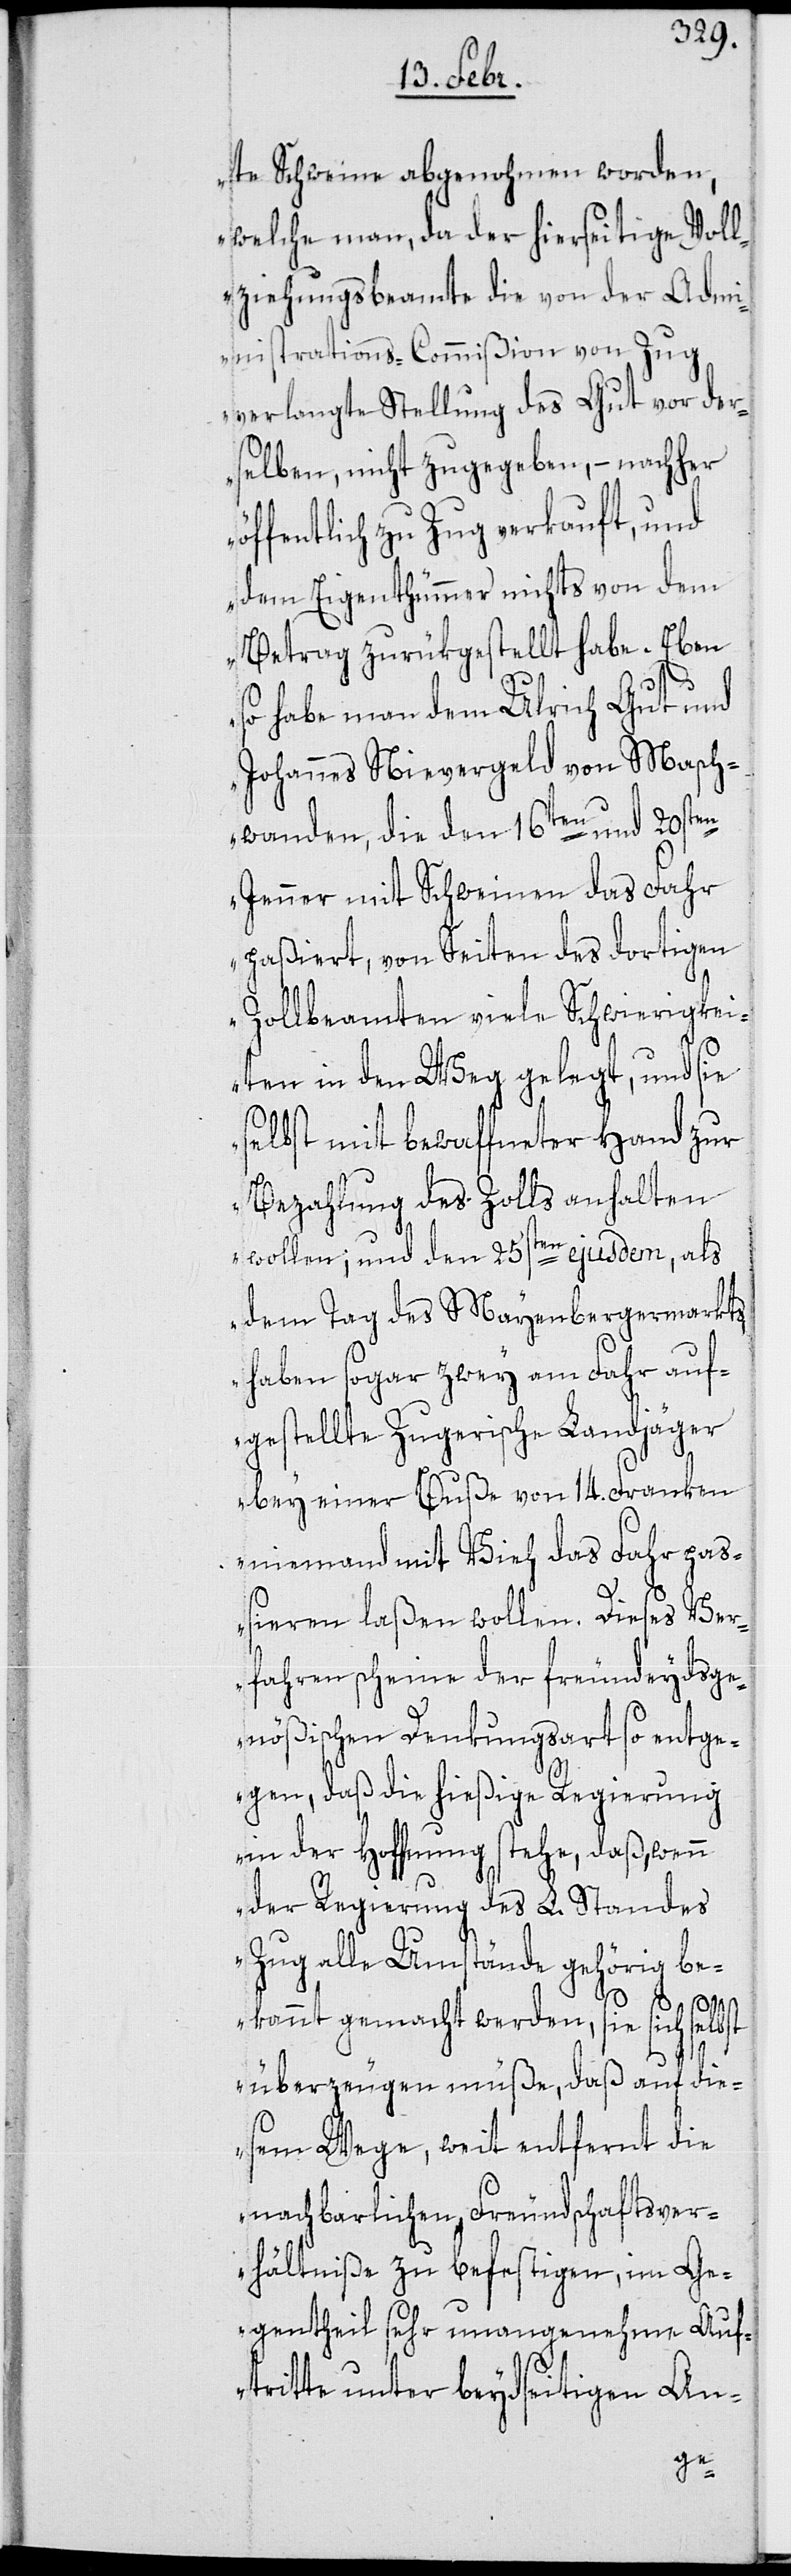
te Schweine abgenohmen worden,
welche man, da der hierseitige Voll¬
ziehungsbeamte die von der Admi¬
nisttations-Commißion von Zug
verlangte Stellung des Gut vor der¬
selben, nicht zugegeben, – nachher
öffentlich zu Zug verkauft, und
dem Eigenthümmer nichts von dem
Betrag zurükgestellt habe. Eben
so habe man dem Ulrich Gut und
Johannes Nievergeld von Masch¬
wanden, die den 16ten und 20sten
Jenner mit Schweinen das Fahr
paßiert, von Seiten des dortigen
Zollbeamten viele Schwierigkei¬
ten in den Weg gelegt, und sie
selbst mit bewaffneter Hand zur
Bezahlung des Zolls anhalten
wollen; und den 25sten ejusdem, als
dem Tag des Mayenberger-Markts,
haben sogar zwey am Fahr auf¬
gestellte Zugerische Landjäger
bey einer Buße von 14. Franken
niemand mit Vieh das Fahr paß¬
ieren laßen wollen. Dieses Ver¬
fahren scheine der freundeydsge¬
nößischen Denkungsart so entge¬
gen, daß die hießige Regierung
in der Hoffnung stehe, daß, wenn
der Regierung des L. Standes
Zug alle Umstände gehörig be¬
kannt gemacht werden, sie sich selbst
überzeugen müße, daß auf die¬
sem Wege, weit entfernt die
nachbarlichen Freundschaftsver¬
hältniße zu befestigen, im Ge¬
gentheil sehr unangenehme Auf¬
tritte unter beydseitigen An-